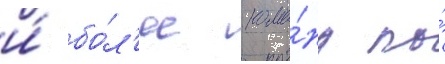
и́ бо́л'ее кома́нд по́